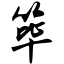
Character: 筚